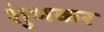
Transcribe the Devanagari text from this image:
शुंभकर